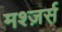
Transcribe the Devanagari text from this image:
मश्ज़र्स